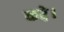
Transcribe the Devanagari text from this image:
करे़।